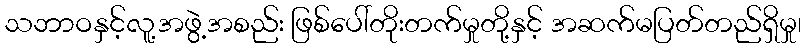
သဘာဝနှင့်လူ့အဖွဲ့အစည်း ဖြစ်ပေါ်တိုးတက်မှုတို့နှင့် အဆက်မပြတ်တည်ရှိမှု၊